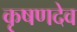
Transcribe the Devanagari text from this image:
कृषणदेव